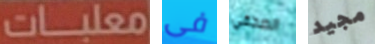
معلبات فى الصحفي مجيد